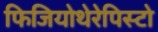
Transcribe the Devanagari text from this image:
फिजियोथेरेपिस्टो